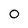
Character: O